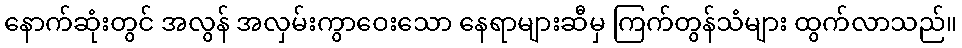
နောက်ဆုံးတွင် အလွန် အလှမ်းကွာဝေးသော နေရာများဆီမှ ကြက်တွန်သံများ ထွက်လာသည်။